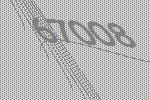
67008